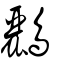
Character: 鸝